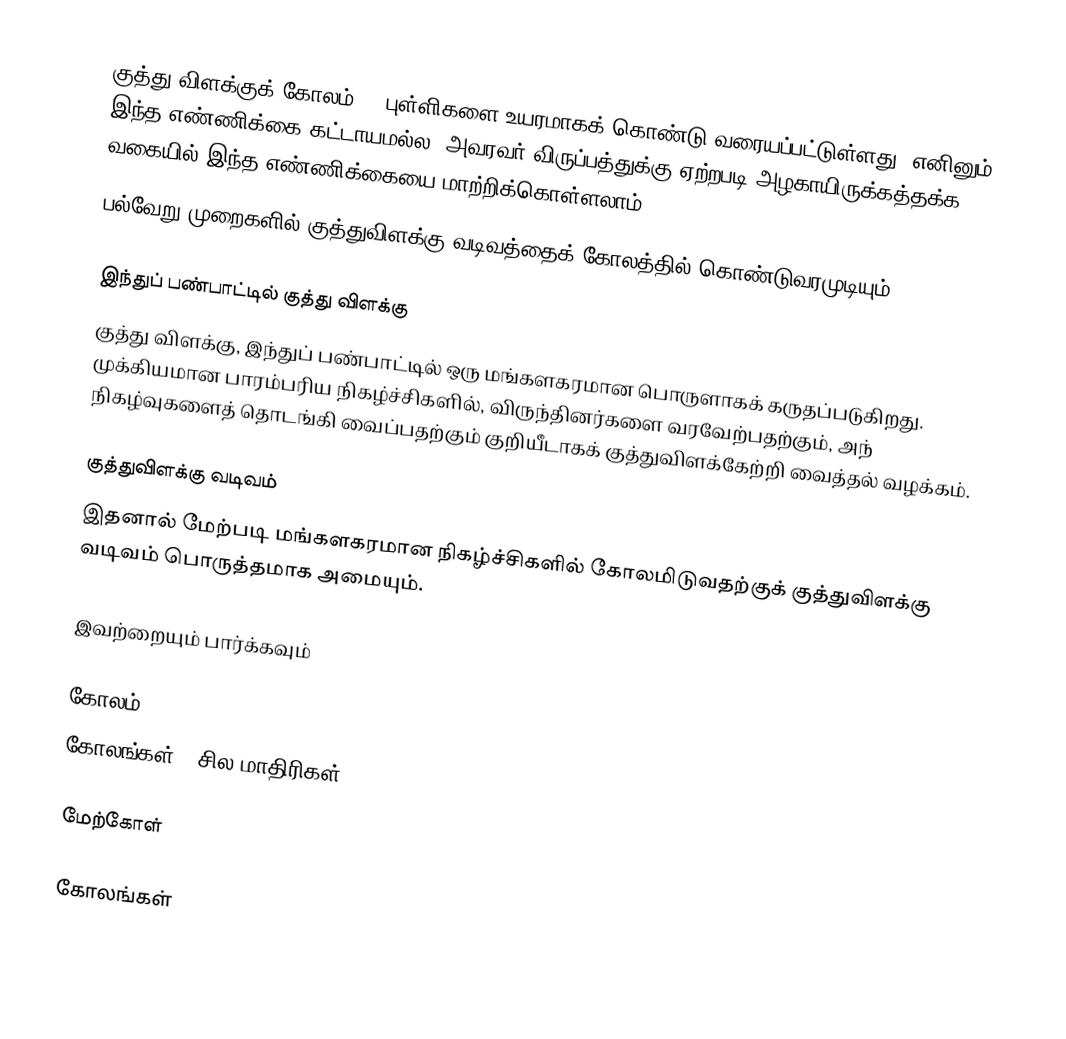
குத்து விளக்குக் கோலம் 38 புள்ளிகளை உயரமாகக் கொண்டு வரையப்பட்டுள்ளது. எனினும் இந்த எண்ணிக்கை கட்டாயமல்ல. அவரவர் விருப்பத்துக்கு ஏற்றபடி அழகாயிருக்கத்தக்க வகையில் இந்த எண்ணிக்கையை மாற்றிக்கொள்ளலாம்.
பல்வேறு முறைகளில் குத்துவிளக்கு வடிவத்தைக் கோலத்தில் கொண்டுவரமுடியும்.

இந்துப் பண்பாட்டில் குத்து விளக்கு
குத்து விளக்கு, இந்துப் பண்பாட்டில் ஒரு மங்களகரமான பொருளாகக் கருதப்படுகிறது. முக்கியமான பாரம்பரிய நிகழ்ச்சிகளில், விருந்தினர்களை வரவேற்பதற்கும், அந் நிகழ்வுகளைத் தொடங்கி வைப்பதற்கும் குறியீடாகக் குத்துவிளக்கேற்றி வைத்தல் வழக்கம்.

குத்துவிளக்கு வடிவம்
இதனால் மேற்படி மங்களகரமான நிகழ்ச்சிகளில் கோலமிடுவதற்குக் குத்துவிளக்கு வடிவம் பொருத்தமாக அமையும்.

இவற்றையும் பார்க்கவும்

 கோலம்
 கோலங்கள் - சில மாதிரிகள்

மேற்கோள்

கோலங்கள்